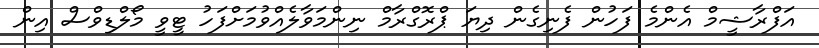
އަފްރާޝީމް އެންމެ ފަހުން ފެނިގެން ދިޔަ ޕްރޮގްރާމް ނިންމަވާލެއްވުމަށްފަހު ޓީވީ މޯލްޑިވްސް އިން